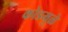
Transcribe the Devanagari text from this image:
कोडमुळे